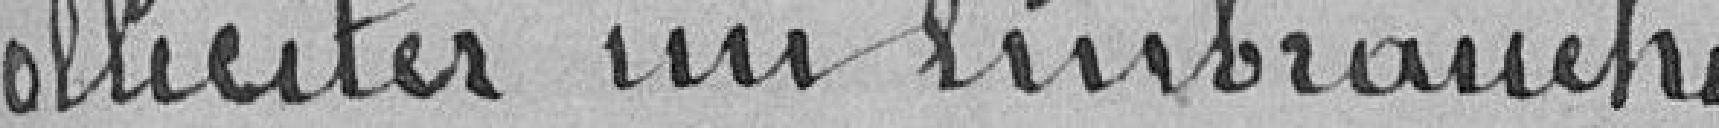
solliciter un embranche